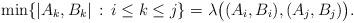
LaTeX: \begin{align*}\min \{|A_k,B_k| \, : \, i \leq k \leq j \} = \lambda\big( (A_i,B_i),(A_j,B_j) \big).\end{align*}